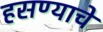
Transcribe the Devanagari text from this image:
हसण्याचे